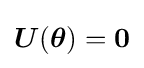
{\boldsymbol {U}}({\boldsymbol {\theta }})={\boldsymbol {0}}